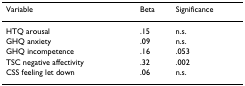
<table><thead><tr><td><b>Variable</b></td><td><b>Beta</b></td><td><b>Significance</b></td></tr></thead><tbody><tr><td>HTQ arousal</td><td>.15</td><td>n.s.</td></tr><tr><td>GHQ anxiety</td><td>.09</td><td>n.s.</td></tr><tr><td>GHQ incompetence</td><td>.16</td><td>.053</td></tr><tr><td>TSC negative affectivity</td><td>.32</td><td>.002</td></tr><tr><td>CSS feeling let down</td><td>.06</td><td>n.s.</td></tr></tbody></table>